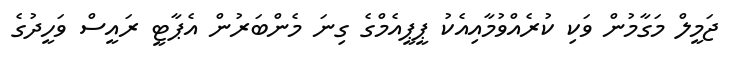
ޖަމީލް މަގާމުން ވަކި ކުރެއްވުމާއިއެކު ޕީޕީއެމްގެ ގިނަ މެންބަރުން އެޕާޓީ ރައީސް ވަހީދުގެ